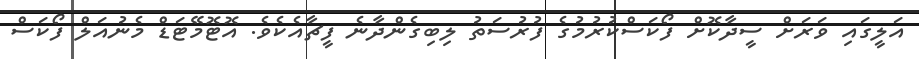
އަލީގައި ވަރަށް ސީދާކޮށް ފޯކަސްކުރުމުގެ ފުރުސަތު ލިބިގެންދާނެ ފީޗާއެކެވެ. އޮޓޮމޭޓަޑް މެނުއަލް ފޯކަސް